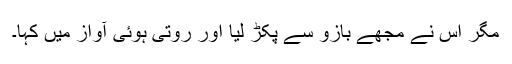
مگر اس نے مجھے بازو سے پکڑ لیا اور روتی ہوئی آواز میں کہا۔